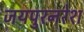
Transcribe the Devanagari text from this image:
जयपुरनरेश